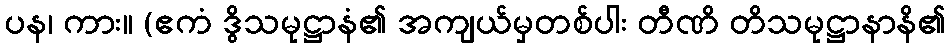
ပန၊ ကား။ (ဧကံ ဒွိသမုဋ္ဌာနံ၏ အကျယ်မှတစ်ပါး တီဏိ တိသမုဋ္ဌာနာနိ၏